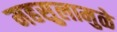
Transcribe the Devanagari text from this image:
महसुलामुळे